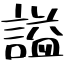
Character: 謚